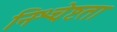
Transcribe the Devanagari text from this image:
निश्चेष्टता